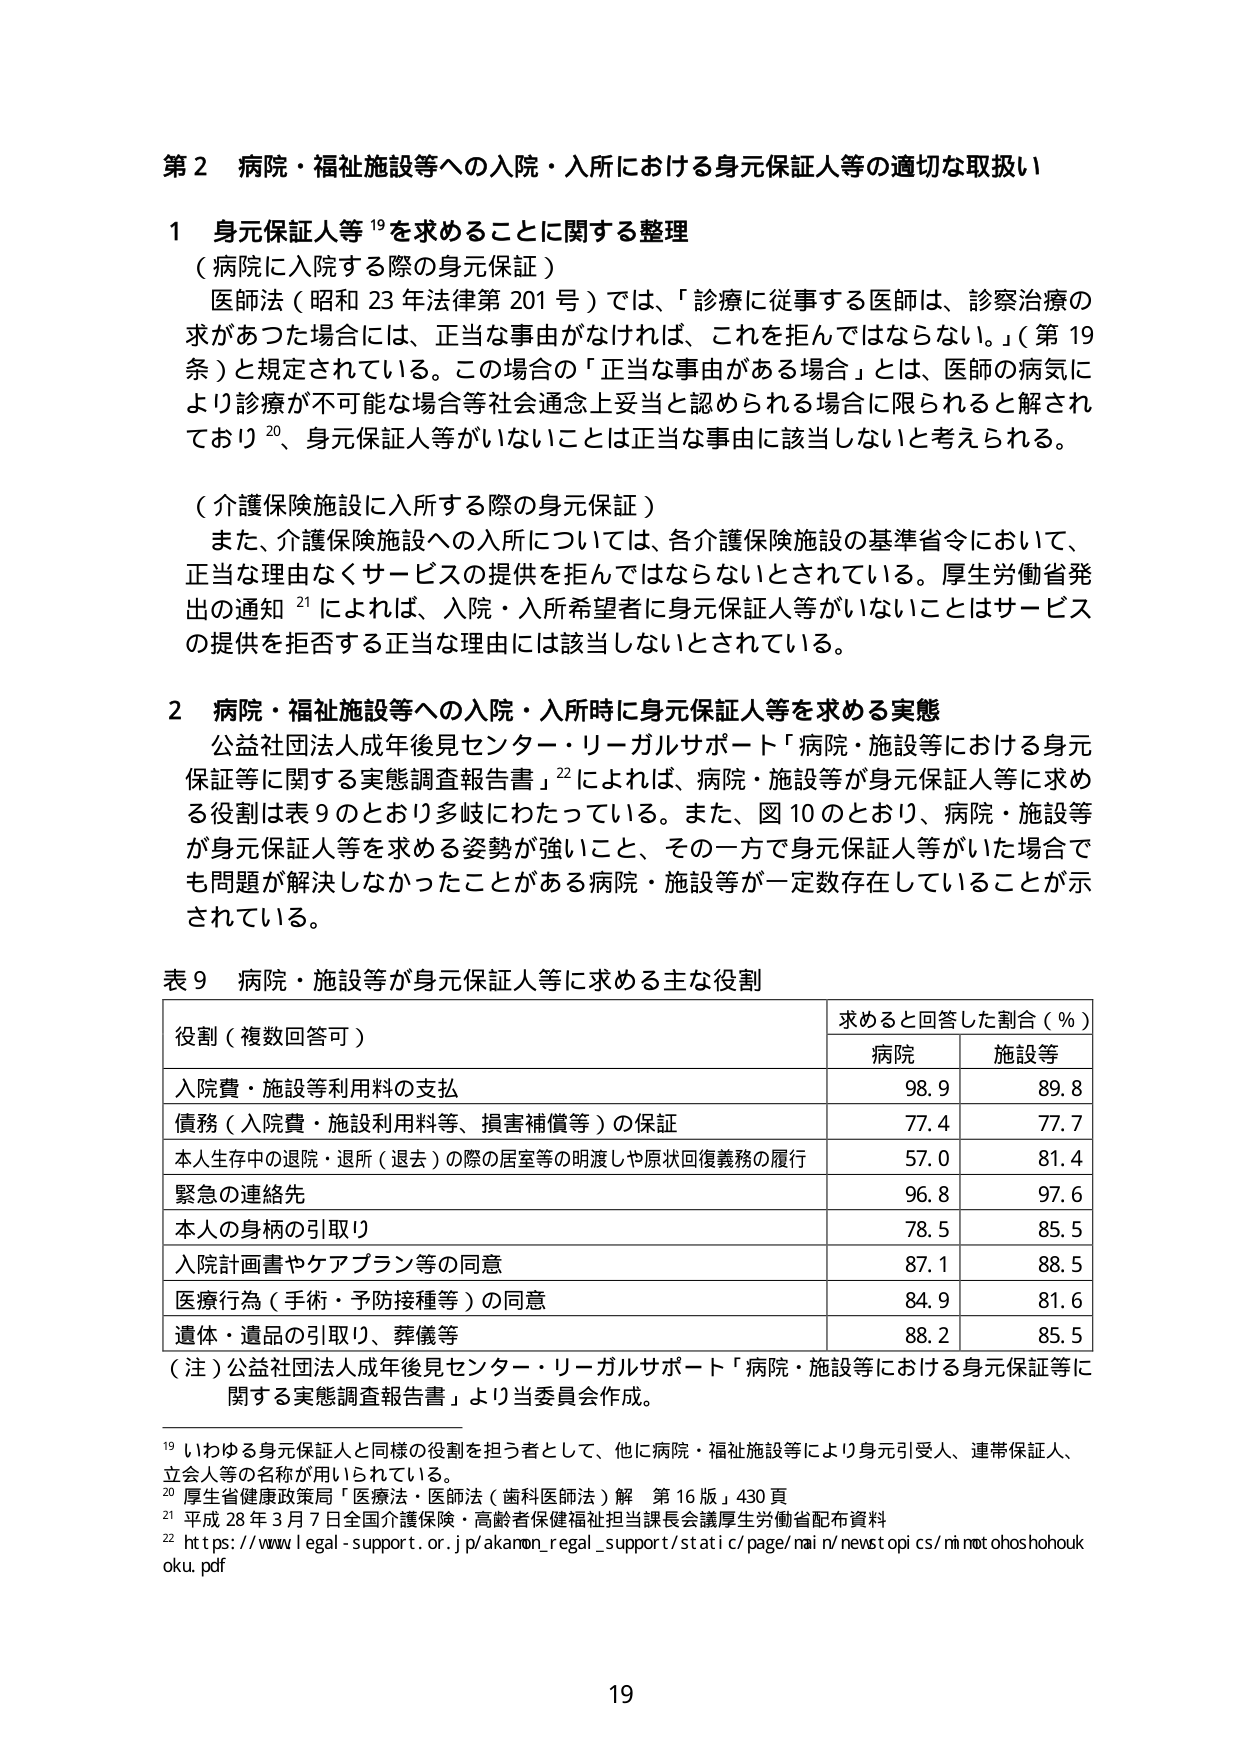
第２ 病院・福祉施設等への入院・入所における身元保証人等の適切な取扱い

１ 身元保証人等¹⁹を求める thingに関する整理
（病院に入院する際の身元保証）
医師法（昭和23年法律第201号）では、「診療に従事する医師は、診察治療の
求があつた場合には、正当な事由がなければ、これを拒んではならない。」（第19
条）と規定されている。この場合の「正当な事由がある場合」とは、医師の病気に
より診療が不可能な場合等社会通念上妥当と認められる場合に限られると解され
ており²⁰、身元保証人等がいないことは正当な事由に該当しないと考えられる。

（介護保険施設に入所する際の身元保証）
また、介護保険施設への入所については、各介護保険施設の基準省令において、
正当な理由なくサービスの提供を拒んではならないとされている。厚生労働省発
出の通知²¹によれば、入院・入所希望者に身元保証人等がいないことはサービス
の提供を拒否する正当な理由には該当しないとされている。

２ 病院・福祉施設等への入院・入所時に身元保証人等を求める実態
公益社団法人成年後見センター・リーガルサポート「病院・施設等における身元
保証等に関する実態調査報告書」²²によれば、病院・施設等が身元保証人等に求め
る役割は表９のとおり多岐にわたっている。また、図10のとおり、病院・施設等
が身元保証人等を求める姿勢が強いこと、その一方で身元保証人等がいた場合で
も問題が解決しなかったことがある病院・施設等が一定数存在していることが示
されている。

表９ 病院・施設等が身元保証人等に求める主な役割
役割（複数回答可） 求めると回答した割合（％）
病院 施設等
入院費・施設等利用料の支払 98.9 89.8
債務（入院費・施設利用料等、損害補償等）の保証 77.4 77.7
本人生存中の退院・退所（退去）の際の居室等の明渡しや原状回復義務の履行 57.0 81.4
緊急の連絡先 96.8 97.6
本人の身柄の引取り 78.5 85.5
入院計画書やケアプラン等の同意 87.1 88.5
医療行為（手術・予防接種等）の同意 84.9 81.6
遺体・遺品の引取り、葬儀等 88.2 85.5
（注）公益社団法人成年後見センター・リーガルサポート「病院・施設等における身元保証等に
関する実態調査報告書」より当委員会作成。

¹⁹ いわゆる身元保証人と同様の役割を担当者として、他に病院・福祉施設等により身元引受人、連帯保証人、
立会人等の名称が用いられている。
²⁰ 厚生省健康政策局「医療法・医師法（歯科医師法）解 第16版」430頁
²¹ 平成28年3月7日全国介護保険・高齢者保健福祉担当課長会議厚生労働省配布資料
²² https://www.legal-support.or.jp/akamon_regal_support/static/page/nain/newstopics/ninnotohoshohoukoku.pdf

19